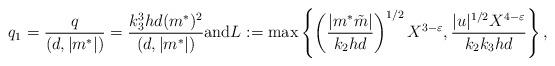
LaTeX: \begin{align*} q_1=\frac{q}{(d,|m^{\ast}|)}=\frac{k_3^3hd(m^{\ast})^2}{(d,|m^{\ast}|)} \mbox{and} L:=\max\left\{\left(\frac{|m^{\ast}\tilde{m}|}{k_2hd}\right)^{1/2}X^{3-\varepsilon}, \frac{|u|^{1/2}X^{4-\varepsilon}}{k_2k_3hd}\right\},\end{align*}